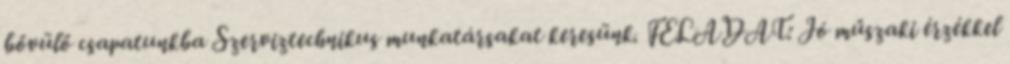
bővülő csapatunkba Szerviztechnikus munkatársakat keresünk. FELADAT: Jó műszaki érzékkel